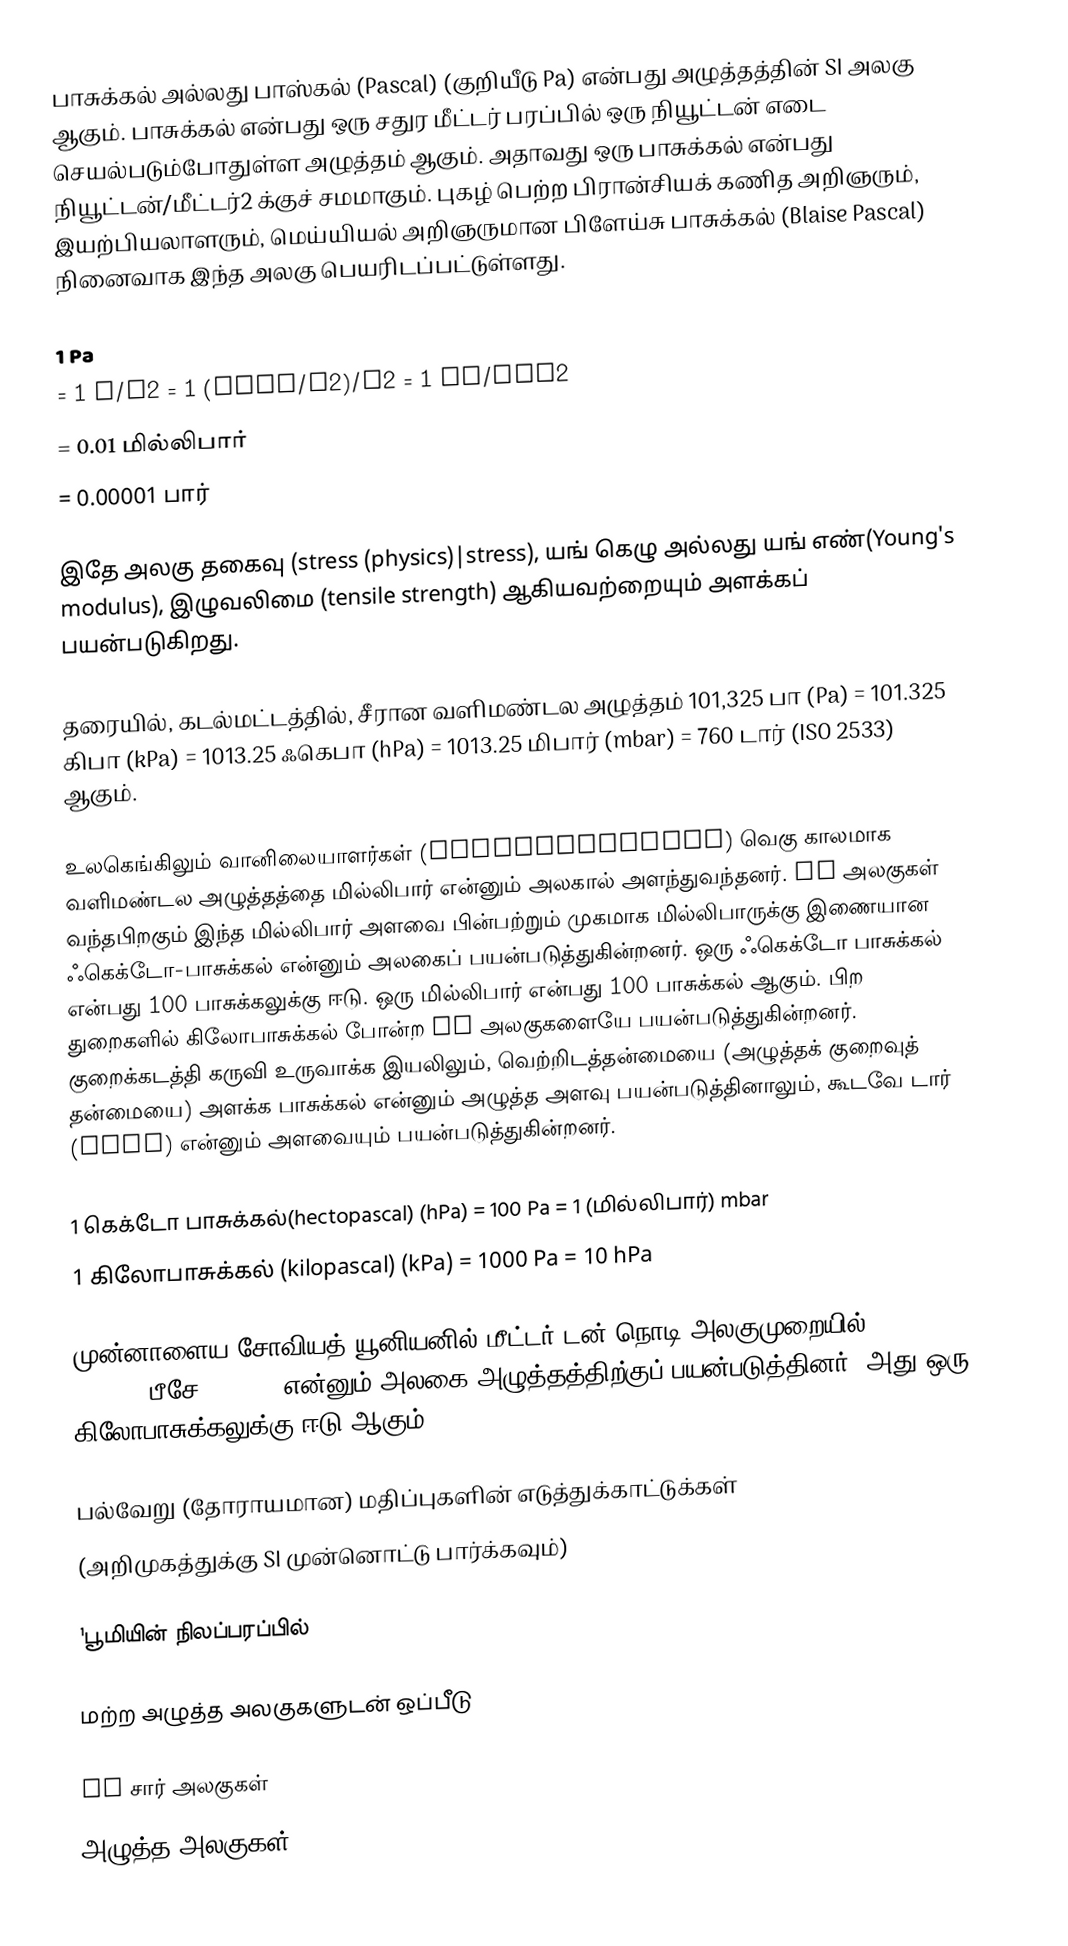
பாசுக்கல் அல்லது பாஸ்கல் (Pascal) (குறியீடு Pa) என்பது அழுத்தத்தின் SI அலகு ஆகும். பாசுக்கல் என்பது ஒரு சதுர மீட்டர் பரப்பில் ஒரு நியூட்டன் எடை செயல்படும்போதுள்ள அழுத்தம் ஆகும். அதாவது ஒரு பாசுக்கல் என்பது நியூட்டன்/மீட்டர்2 க்குச் சமமாகும். புகழ் பெற்ற பிரான்சியக் கணித அறிஞரும், இயற்பியலாளரும், மெய்யியல் அறிஞருமான பிளேய்சு பாசுக்கல் (Blaise Pascal) நினைவாக இந்த அலகு பெயரிடப்பட்டுள்ளது.

 1 Pa
 = 1 N/m2 = 1 (kg·m/s2)/m2 = 1 kg/m·s2
 = 0.01 மில்லிபார்
 = 0.00001 பார்

இதே அலகு தகைவு (stress (physics)|stress), யங் கெழு அல்லது யங் எண்(Young's modulus),  இழுவலிமை (tensile strength) ஆகியவற்றையும் அளக்கப் பயன்படுகிறது.

தரையில், கடல்மட்டத்தில், சீரான வளிமண்டல அழுத்தம் 101,325 பா (Pa) = 101.325 கிபா (kPa) = 1013.25 ஃகெபா (hPa) = 1013.25 மிபார் (mbar) = 760 டார் (ISO 2533) ஆகும்.

உலகெங்கிலும் வானிலையாளர்கள் (Meteorologists) வெகு காலமாக வளிமண்டல அழுத்தத்தை மில்லிபார் என்னும் அலகால் அளந்துவந்தனர். SI அலகுகள் வந்தபிறகும் இந்த மில்லிபார் அளவை பின்பற்றும் முகமாக மில்லிபாருக்கு இணையான ஃகெக்டோ-பாசுக்கல் என்னும் அலகைப் பயன்படுத்துகின்றனர். ஒரு ஃகெக்டோ பாசுக்கல் என்பது 100 பாசுக்கலுக்கு ஈடு. ஒரு மில்லிபார் என்பது 100 பாசுக்கல் ஆகும். பிற துறைகளில் கிலோபாசுக்கல் போன்ற SI அலகுகளையே பயன்படுத்துகின்றனர். குறைக்கடத்தி கருவி உருவாக்க இயலிலும், வெற்றிடத்தன்மையை (அழுத்தக் குறைவுத் தன்மையை) அளக்க பாசுக்கல் என்னும் அழுத்த அளவு பயன்படுத்தினாலும், கூடவே டார் (Torr) என்னும் அளவையும் பயன்படுத்துகின்றனர்.

 1 கெக்டோ பாசுக்கல்(hectopascal) (hPa)  = 100 Pa = 1 (மில்லிபார்) mbar
 1 கிலோபாசுக்கல் (kilopascal) (kPa)  = 1000 Pa = 10 hPa

முன்னாளைய சோவியத் யூனியனில் மீட்டர்-டன்-நொடி அலகுமுறையில் (mts system) பீசே (pieze) என்னும் அலகை அழுத்தத்திற்குப் பயன்படுத்தினர். அது ஒரு கிலோபாசுக்கலுக்கு ஈடு ஆகும்.

பல்வேறு (தோராயமான) மதிப்புகளின் எடுத்துக்காட்டுக்கள்
(அறிமுகத்துக்கு SI முன்னொட்டு பார்க்கவும்)

¹பூமியின் நிலப்பரப்பில்

மற்ற அழுத்த அலகுகளுடன் ஒப்பீடு

SI சார் அலகுகள்
அழுத்த அலகுகள்